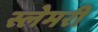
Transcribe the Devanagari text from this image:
स्लेमरी